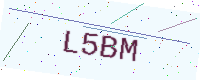
Text: L5BM